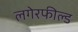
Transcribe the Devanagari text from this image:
लगेरफील्ड